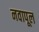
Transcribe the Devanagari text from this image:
नवापूल